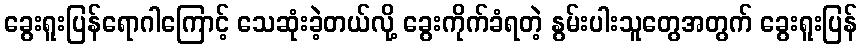
ခွေးရူးပြန်ရောဂါကြောင့် သေဆုံးခဲ့တယ်လို့ ခွေးကိုက်ခံရတဲ့ နွမ်းပါးသူတွေအတွက် ခွေးရူးပြန်